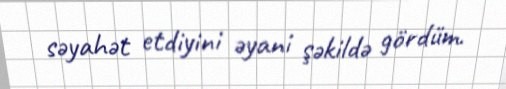
səyahət etdiyini əyani şəkildə gördüm.